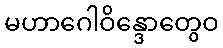
မဟာဂေါဝိန္ဒောတွေဝ